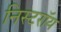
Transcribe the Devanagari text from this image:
निस्टरॉय